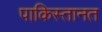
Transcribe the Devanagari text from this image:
पाकिस्तानत